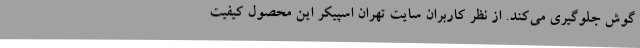
گوش جلوگیری می‌کند. از نظر کاربران سایت تهران اسپیکر این محصول کیفیت